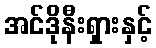
အင်ဒိုနီးရှားနှင့်